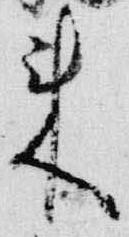
来